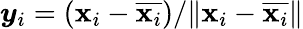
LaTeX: \boldsymbol{y}_{i}=(\boldsymbol{\mathbf{x}}_{i}-\overline{{{\boldsymbol{\mathbf{x}}_{i}}}})/\| \boldsymbol{\mathbf{x}}_{i}-\overline{{{\boldsymbol{\mathbf{x}}_{i}}}}\|